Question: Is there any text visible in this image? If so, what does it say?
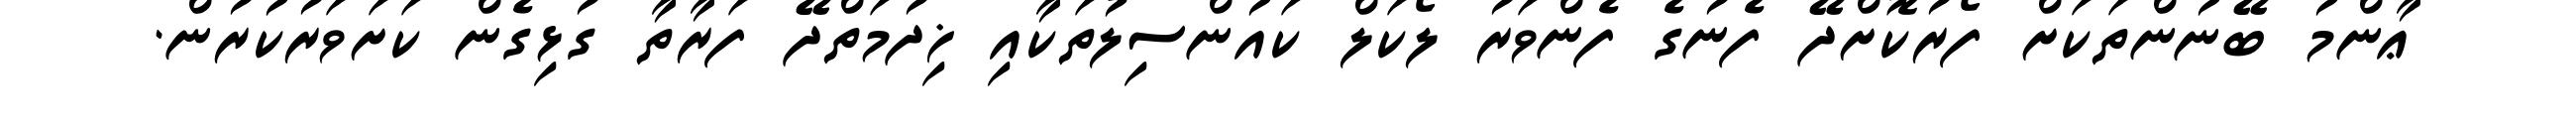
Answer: ޢާންމު ބޭނުންތަކަށް ފޯރުކޮށްދޭ ފެނުގެ ފެންވަރު ލޯކަލް ކައުންސިލުތަކާއި ޚިދުމަތްދޭ ފަރާތާ ގުޅިގެން ކަށަވަރުކުރުން.